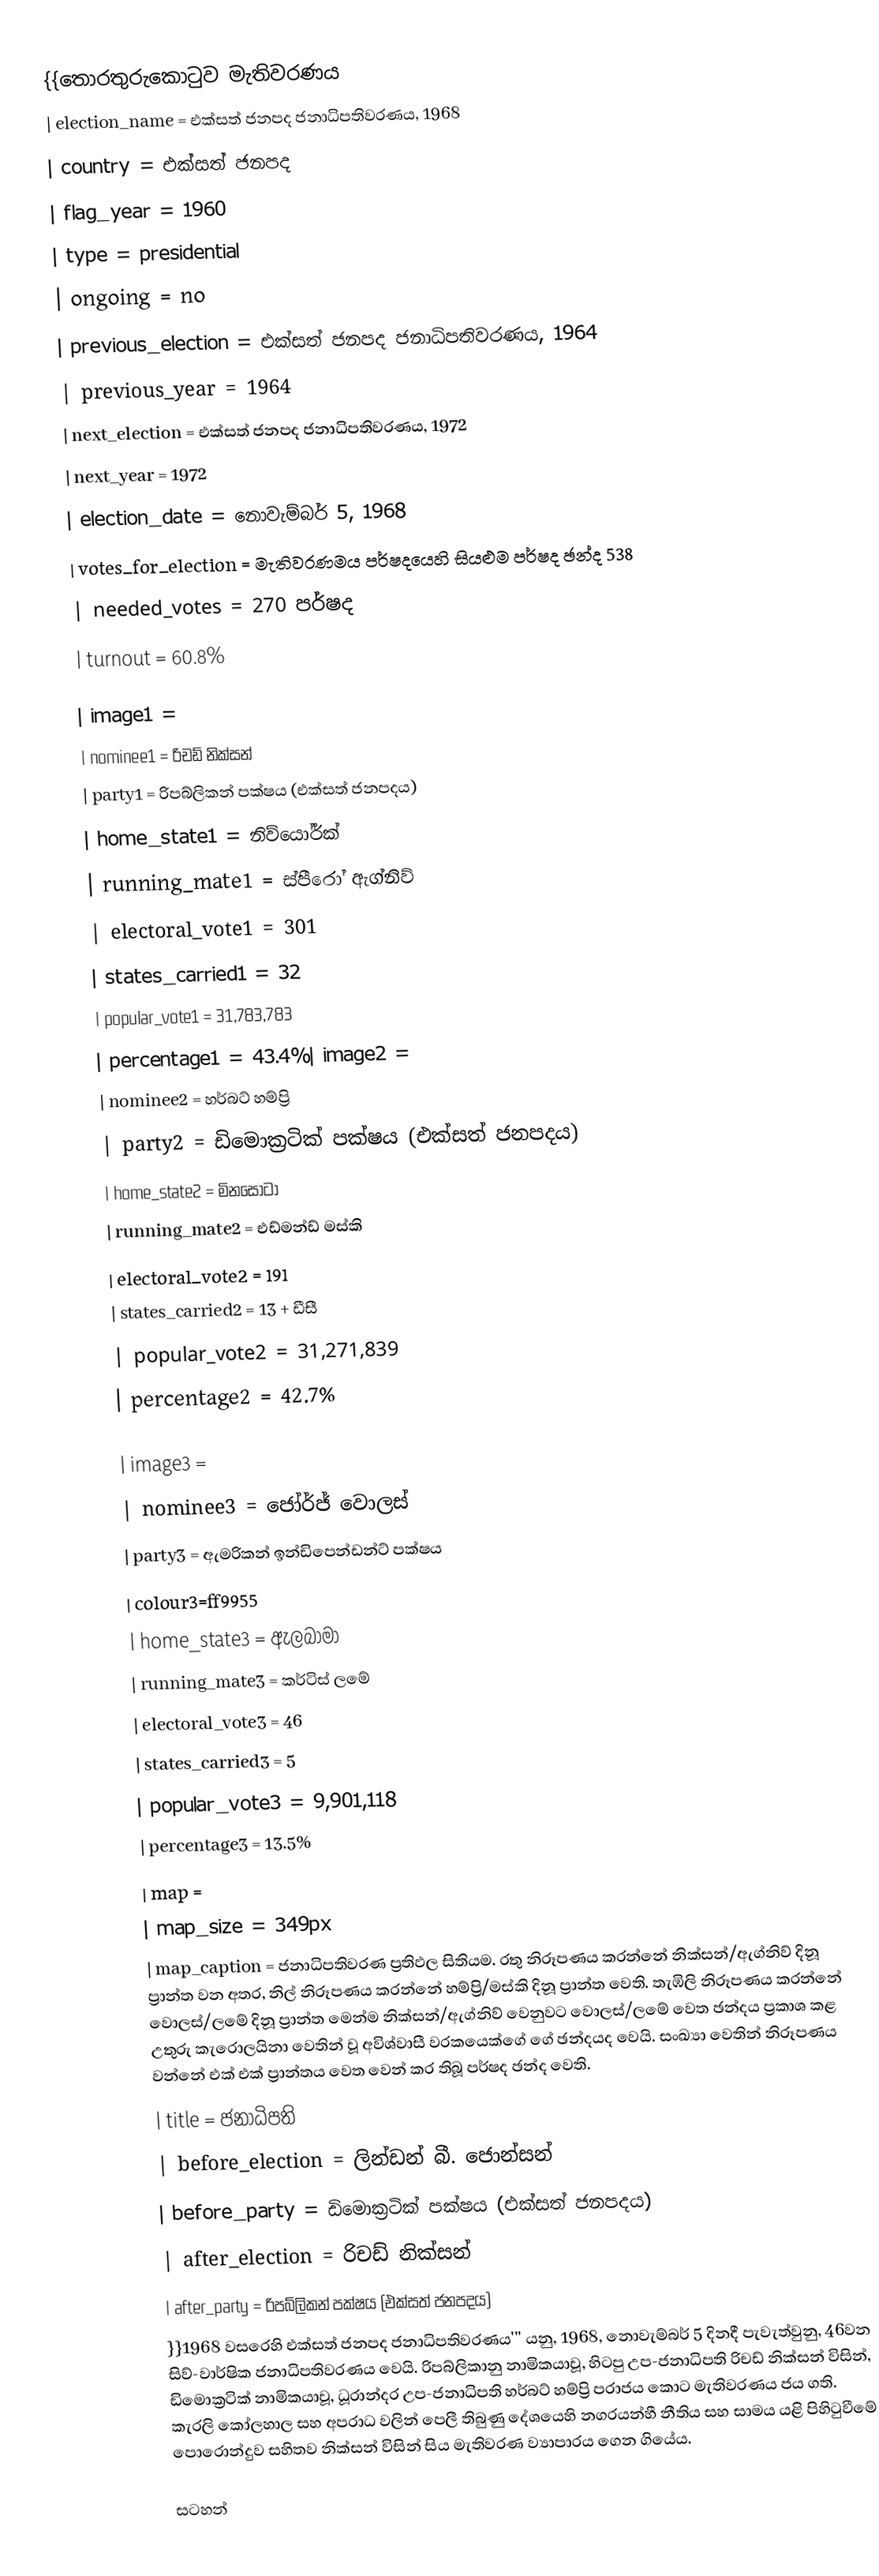
{{තොරතුරුකොටුව මැතිවරණය
| election_name = එක්සත් ජනපද ජනාධිපතිවරණය, 1968
| country = එක්සත් ජනපද
| flag_year = 1960
| type = presidential
| ongoing = no
| previous_election = එක්සත් ජනපද ජනාධිපතිවරණය, 1964
| previous_year = 1964
| next_election = එක්සත් ජනපද ජනාධිපතිවරණය, 1972
| next_year = 1972
| election_date = නොවැම්බර් 5, 1968
| votes_for_election         =  මැතිවරණමය පර්ෂදයෙහි සියළුම පර්ෂද ඡන්ද 538
| needed_votes               = 270 පර්ෂද
| turnout                    = 60.8%

| image1 =
| nominee1 = රිචඩ් නික්සන්
| party1 = රිපබ්ලිකන් පක්ෂය (එක්සත් ජනපදය)
| home_state1 = නිව්යෝර්ක්
| running_mate1 = ස්පීරෝ ඇග්නිව්
| electoral_vote1 = 301
| states_carried1 = 32
| popular_vote1 = 31,783,783
| percentage1 = 43.4%| image2 =
| nominee2 = හර්බට් හම්ප්‍රි
| party2 = ඩිමොක්‍රටික් පක්ෂය (එක්සත් ජනපදය)
| home_state2 = මිනසෝටා
| running_mate2 = එඩ්මන්ඩ් මස්කි
| electoral_vote2 = 191
| states_carried2 = 13 + ඩීසී
| popular_vote2 = 31,271,839
| percentage2 = 42.7%

| image3 =
| nominee3 = ජෝර්ජ් වොලස්
| party3 = ඇමරිකන් ඉන්ඩිපෙන්ඩන්ට් පක්ෂය
| colour3=ff9955
| home_state3 = ඇලබාමා
| running_mate3 = කර්ටිස් ලමේ
| electoral_vote3 = 46
| states_carried3 = 5
| popular_vote3 = 9,901,118
| percentage3 = 13.5%
| map =
| map_size = 349px
| map_caption = ජනාධිපතිවරණ ප්‍රතිඵල සිතියම. රතු නිරූපණය කරන්නේ නික්සන්/ඇග්නිව් දිනූ ප්‍රාන්ත වන අතර, නිල් නිරූපණය කරන්නේ හම්ප්‍රි/මස්කි දිනූ ප්‍රාන්ත වෙති. තැඹිලි නිරූපණය කරන්නේ වොලස්/ලමේ දිනූ ප්‍රාන්ත මෙන්ම නික්සන්/ඇග්නිව් වෙනුවට වොලස්/ලමේ වෙත ඡන්දය ප්‍රකාශ කළ උතුරු කැරොලයිනා වෙතින් වූ  අවිශ්වාසී වරකයෙක්ගේ ගේ ඡන්දයද වෙයි. සංඛ්‍යා වෙතින් නිරූපණය වන්නේ එක් එක් ප්‍රාන්තය වෙත වෙන් කර තිබූ පර්ෂද ඡන්ද වෙති.
| title = ජනාධිපති
| before_election = ලින්ඩන් බී. ජොන්සන්
| before_party = ඩිමොක්‍රටික් පක්ෂය (එක්සත් ජනපදය)
| after_election = රිචඩ් නික්සන්
| after_party = රිපබ්ලිකන් පක්ෂය (එක්සත් ජනපදය)
}}1968 වසරෙහි එක්සත් ජනපද ජනාධිපතිවරණය'''  යනු,  1968, නොවැම්බර් 5 දිනදී පැවැත්වුනු, 46වන සිව්-වාර්ෂික ජනාධිපතිවරණය වෙයි. රිපබ්ලිකානු නාමිකයාවූ, හිටපු උප-ජනාධිපති රිචඩ් නික්සන් විසින්, ඩිමොක්‍රටික් නාමිකයාවූ, ධූරාන්දර උප-ජනාධිපති හර්බට් හම්ප්‍රි පරාජය කොට මැතිවරණය ජය ගති. කැරලි කෝලහාල සහ අපරාධ වලින් පෙලී තිබුණු දේශයෙහි නගරයන්හී නීතිය සහ සාමය යළි පිහිටුවීමේ පොරොන්දුව සහිතව නික්සන් විසින් සිය මැතිවරණ ව්‍යාපාරය ගෙන ගියේය.

සටහන්